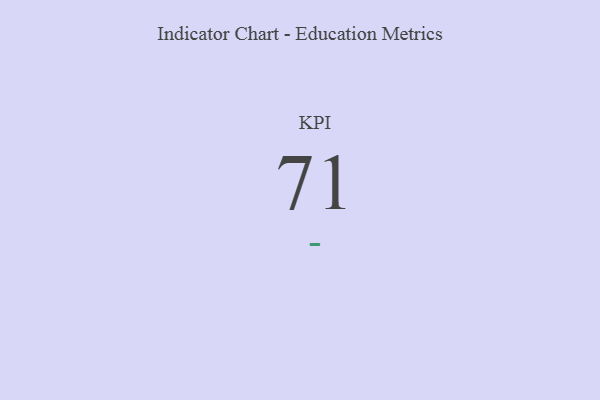
{"axis": {"x": "KPI", "y": "Value"}, "legend": [""], "data": [{"x": "KPI", "y": 71, "type": ""}]}